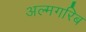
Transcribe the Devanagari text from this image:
अल्मगरिब